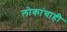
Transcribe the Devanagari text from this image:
लोकांचाही